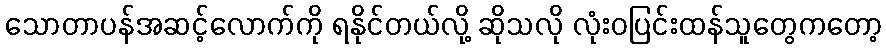
သောတာပန်အဆင့်လောက်ကို ရနိုင်တယ်လို့ ဆိုသလို လုံးဝပြင်းထန်သူတွေကတော့